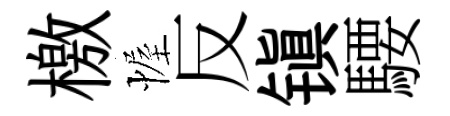
檄幄反镇騕